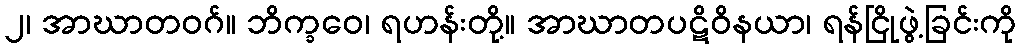
၂၊ အာဃာတဝဂ်။ ဘိက္ခဝေ၊ ရဟန်းတို့။ အာဃာတပဋိဝိနယာ၊ ရန်ငြိုဖွဲ့ခြင်းကို